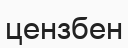
цензбен